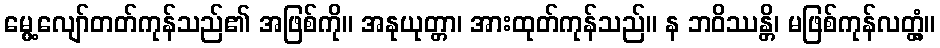
မွေ့လျော်တတ်ကုန်သည်၏ အဖြစ်ကို။ အနုယုတ္တာ၊ အားထုတ်ကုန်သည်။ န ဘဝိဿန္တိ၊ မဖြစ်ကုန်လတ္တံ့။